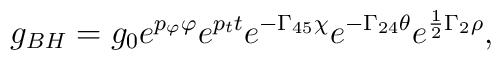
\displaystyle{ g_{BH}=g_0 e^{ p_{\varphi} \varphi}e^{p_t  t} e^{-\Gamma_{45}\chi}e^{-\Gamma_{24}\theta}e^{\frac{1}{2 } \Gamma_2 \rho}} ,